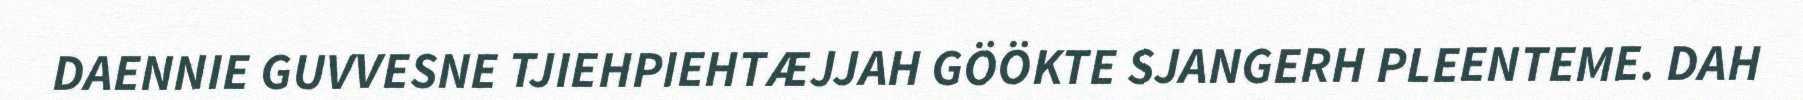
DAENNIE GUVVESNE TJIEHPIEHTÆJJAH GÖÖKTE SJANGERH PLEENTEME. DAH